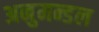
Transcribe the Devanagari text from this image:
अनुमन्डल